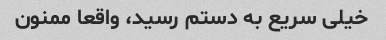
خیلی سریع به دستم رسید، واقعا ممنون